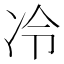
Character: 冷